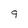
Character: 9